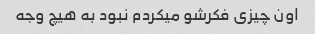
اون چیزی فکرشو میکردم نبود به هیچ وجه